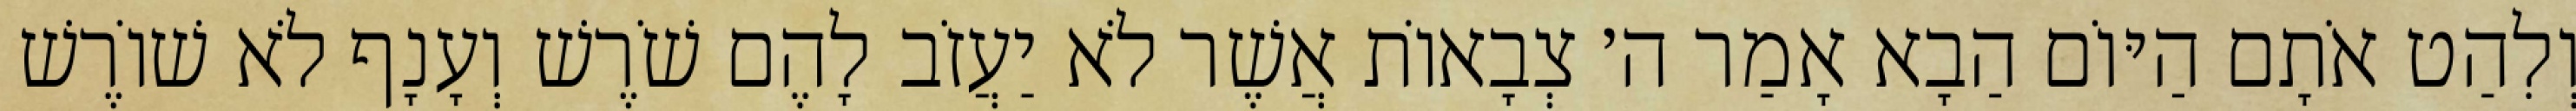
וְלִהַט אֹתָם הַיּוֹם הַבָא אָמַר ה׳ צְבָאוֹת אֲשֶׁר לֹא יַעֲזֹב לָהֶם שֹׁרֶשׁ וְעָנָף לֹא שׁוֹרֶשׁ